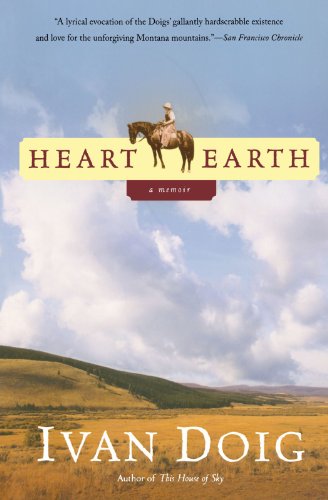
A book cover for Heart Earth; Ivan Doig; Biographies & Memoirs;